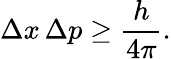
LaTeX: \Delta x\, \Delta p\geq{\frac{h}{4\pi}}.